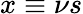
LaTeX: x\equiv\nu s